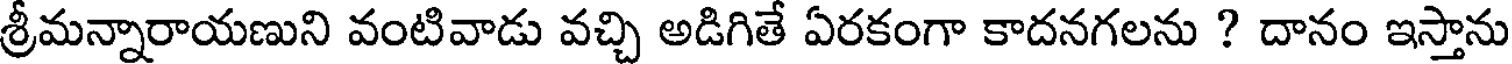
శ్రీమన్నారాయణుని వంటివాడు వచ్చి అడిగితే ఏరకంగా కాదనగలను ? దానం ఇస్తాను